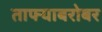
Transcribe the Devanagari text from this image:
ताफ्याबरोबर